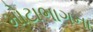
મોટાભાગના